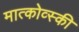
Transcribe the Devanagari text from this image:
मात्कोव्स्की